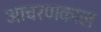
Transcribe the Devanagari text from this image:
आचरणकाल